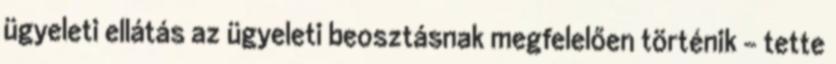
ügyeleti ellátás az ügyeleti beosztásnak megfelelően történik - tette